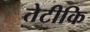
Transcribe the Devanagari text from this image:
तेटीकि